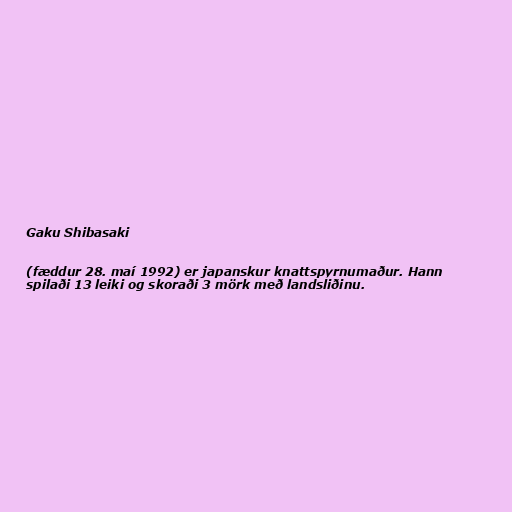
Gaku Shibasaki

(fæddur 28. maí 1992) er japanskur knattspyrnumaður. Hann
spilaði 13 leiki og skoraði 3 mörk með landsliðinu.